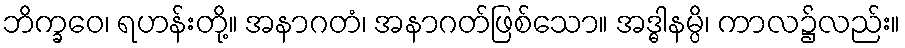
ဘိက္ခဝေ၊ ရဟန်းတို့။ အနာဂတံ၊ အနာဂတ်ဖြစ်သော။ အဒ္ဓါနမ္ပိ၊ ကာလ၌လည်း။